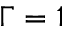
\Gamma = 1